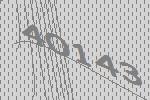
40143